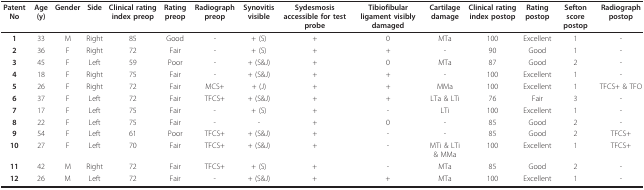
| Patent No | Age (y) | Gender | Side | Clinical rating index preop | Rating preop | Radiograph preop | Synovitis visible | Sydesmosis accessible for test probe | Tibiofibular ligament visibly damaged | Cartilage damage | Clinical rating index postop | Rating postop | Sefton score postop | Radiograph postop |
 | --- | --- | --- | --- | --- | --- | --- | --- | --- | --- | --- | --- | --- | --- | --- |
 | 1 | 33 | M | Right | 85 | Good | - | + (S) | + | 0 | MTa | 100 | Excellent | 1 | - |
 | 2 | 36 | F | Right | 72 | Fair | - | + (S) | + | + | - | 90 | Good | 1 | - |
 | 3 | 45 | F | Left | 59 | Poor | - | + (S&J) | + | 0 | MTa | 87 | Good | 2 | - |
 | 4 | 18 | F | Right | 75 | Fair | - | + (S&J) | + | + | - | 100 | Excellent | 1 | - |
 | 5 | 26 | F | Right | 72 | Fair | MCS+ | + (J) | + | + | MMa | 100 | Excellent | 1 | TFCS+ & TFO |
 | 6 | 37 | F | Left | 72 | Fair | TFCS+ | + (S&J) | + | + | LTa & LTi | 76 | Fair | 3 | - |
 | 7 | 17 | F | Left | 75 | Fair | - | + (S) | + | - | LTi | 100 | Excellent | 1 | - |
 | 8 | 22 | F | Left | 75 | Fair | - | - | + | 0 | - | 85 | Good | 2 | - |
 | 9 | 54 | F | Left | 61 | Poor | TFCS+ | + (S&J) | + | - | - | 85 | Good | 2 | TFCS+ |
 | 10 | 27 | F | Left | 70 | Fair | TFCS+ | + (S&J) | + | - | MTi & LTi & MMa | 100 | Excellent | 1 | TFCS+ |
 | 11 | 42 | M | Right | 72 | Fair | TFCS+ | + (S) | + | - | MTa | 85 | Good | 2 | - |
 | 12 | 26 | M | Left | 72 | Fair | - | + (S&J) | + | + | MTa | 100 | Excellent | 1 | - |